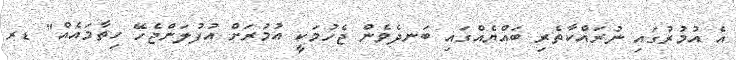
އެ އުމުރުގައި ނުރައްކާތެރި ބައްޔެއްގައި ބަނދެވެން ޖެހުމަކީ އުމުރަށް އުފުލަންޖެހޭ ހިތާމައެއް" ޑރ